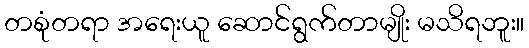
တစုံတရာ အရေးယူ ဆောင်ရွက်တာမျိုး မသိရဘူး။